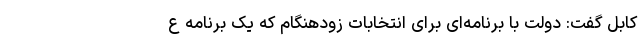
کابل گفت: دولت با برنامه‌ای برای انتخابات زودهنگام که یک برنامه ع